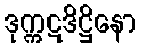
ဒုက္ကဋဒိဋ္ဌိနော